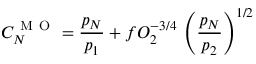
C _ { N } ^ { \mathrm { ~ M ~ O ~ } } = \frac { p _ { N } } { p _ { 1 } } + f O _ { 2 } ^ { - 3 / 4 } \, \left( \frac { p _ { N } } { p _ { 2 } } \right) ^ { 1 / 2 }